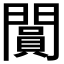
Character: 𨶎